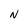
Character: N